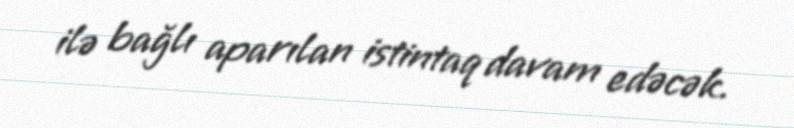
ilə bağlı aparılan istintaq davam edəcək.